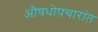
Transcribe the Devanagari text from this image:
औषधोपचारांत